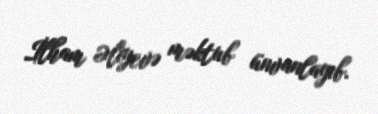
İlham Əliyevə məktub ünvanlayıb.